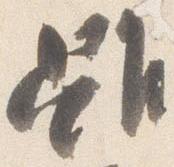
雖